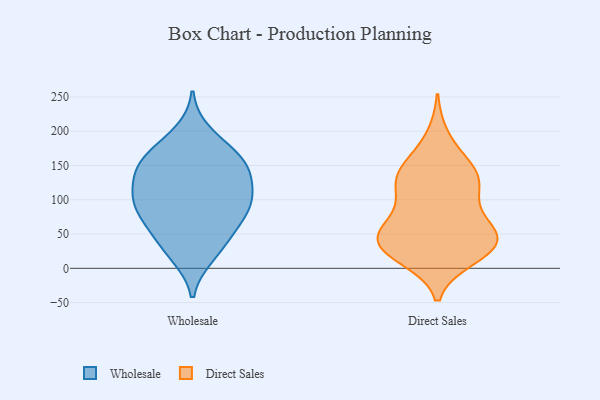
{"axis": {"x": "Inventory Turnover", "y": "Value"}, "legend": ["Direct Sales", "Wholesale"], "data": [{"x": "", "y": 198, "type": "Wholesale"}, {"x": "", "y": 112, "type": "Wholesale"}, {"x": "", "y": 155, "type": "Wholesale"}, {"x": "", "y": 169, "type": "Wholesale"}, {"x": "", "y": 149, "type": "Wholesale"}, {"x": "", "y": 89, "type": "Wholesale"}, {"x": "", "y": 48, "type": "Wholesale"}, {"x": "", "y": 89, "type": "Wholesale"}, {"x": "", "y": 90, "type": "Wholesale"}, {"x": "", "y": 116, "type": "Wholesale"}, {"x": "", "y": 86, "type": "Wholesale"}, {"x": "", "y": 174, "type": "Wholesale"}, {"x": "", "y": 138, "type": "Wholesale"}, {"x": "", "y": 21, "type": "Wholesale"}, {"x": "", "y": 151, "type": "Wholesale"}, {"x": "", "y": 50, "type": "Wholesale"}, {"x": "", "y": 61, "type": "Wholesale"}, {"x": "", "y": 18, "type": "Wholesale"}, {"x": "", "y": 102, "type": "Wholesale"}, {"x": "", "y": 137, "type": "Wholesale"}, {"x": "", "y": 65, "type": "Direct Sales"}, {"x": "", "y": 147, "type": "Direct Sales"}, {"x": "", "y": 20, "type": "Direct Sales"}, {"x": "", "y": 192, "type": "Direct Sales"}, {"x": "", "y": 86, "type": "Direct Sales"}, {"x": "", "y": 46, "type": "Direct Sales"}, {"x": "", "y": 38, "type": "Direct Sales"}, {"x": "", "y": 15, "type": "Direct Sales"}, {"x": "", "y": 130, "type": "Direct Sales"}, {"x": "", "y": 35, "type": "Direct Sales"}, {"x": "", "y": 121, "type": "Direct Sales"}, {"x": "", "y": 25, "type": "Direct Sales"}, {"x": "", "y": 58, "type": "Direct Sales"}, {"x": "", "y": 28, "type": "Direct Sales"}, {"x": "", "y": 112, "type": "Direct Sales"}, {"x": "", "y": 147, "type": "Direct Sales"}, {"x": "", "y": 117, "type": "Direct Sales"}, {"x": "", "y": 147, "type": "Direct Sales"}, {"x": "", "y": 49, "type": "Direct Sales"}, {"x": "", "y": 51, "type": "Direct Sales"}]}